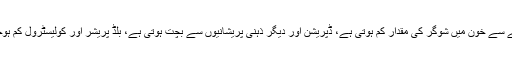
ورزش کرنے سے وزن گھٹتا ہے، انسولین کے خلاف جسم میں مزاحمت کم ہونے سے خون میں شوگر کی مقدار کم ہوتی ہے، ڈپریشن اور دیگر ذہنی پریشانیوں سے بچت ہوتی ہے، بلڈ پریشر اور کولیسٹرول کم ہوجاتے ہیں اور دل کے دورے اور فالج وغیرہ کے خطرے میں کمی واقع ہوتی ہے۔